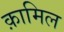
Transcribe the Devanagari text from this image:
क़ामिल